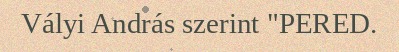
Vályi András szerint "PERED.